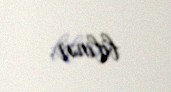
bilinər.